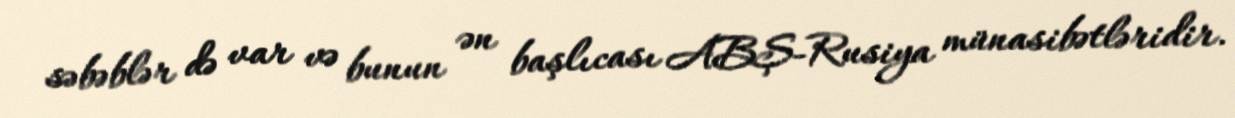
səbəblər də var və bunun ən başlıcası ABŞ-Rusiya münasibətləridir.